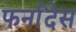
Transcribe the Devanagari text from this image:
फर्नांदेस